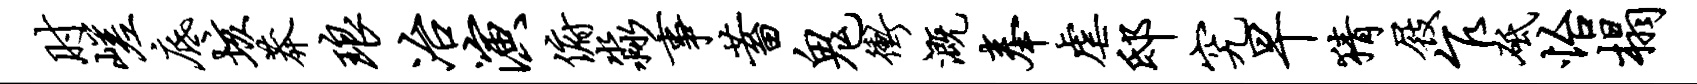
肘嵯底垓莽琅冶演俯淼事蓄鬼冲溉奉虐邸究早猜屐乍砥怡榻